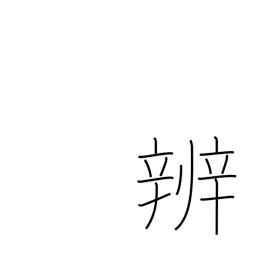
Meaning: discrimination